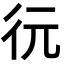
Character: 𢓆